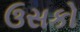
ઉસકો